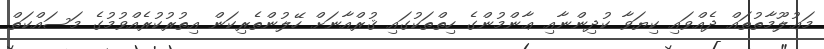
މަޢުލޫމާތުތައް ދެއްވައި ކިޔަވާ ކުދިންނާއި ޢާންމުންގެ ހިތްތަކުގައި ޤުރްއާނަށް ހޭލުންތެރިކަން އިތުރުކުރެއްވުމުގެ މަސައްކަތް